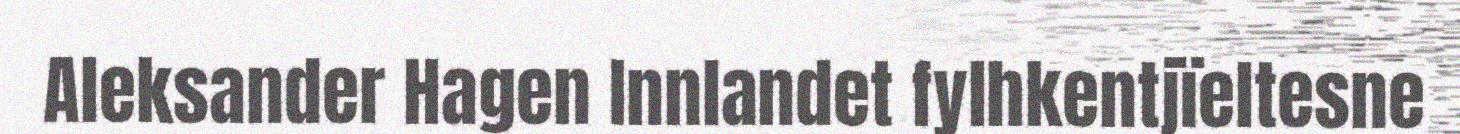
Aleksander Hagen Innlandet fylhkentjïeltesne